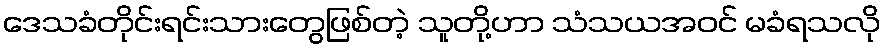
ဒေသခံတိုင်းရင်းသားတွေဖြစ်တဲ့ သူတို့ဟာ သံသယအဝင် မခံရသလို